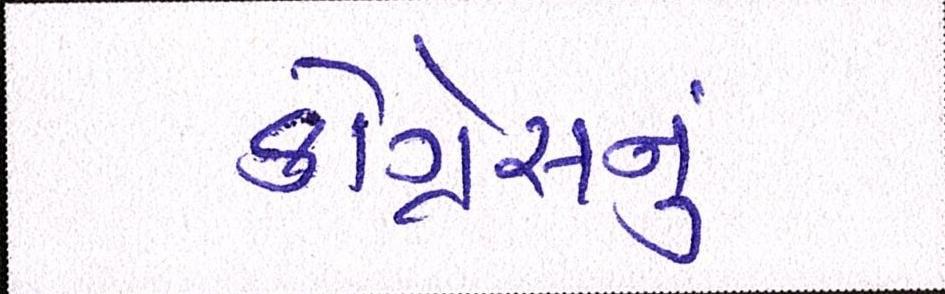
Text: કોંગ્રેસનુ